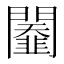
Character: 𨷆